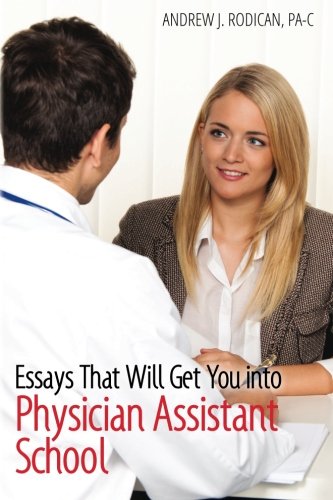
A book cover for Essays That Will Get You into Physician Assistant School; Andrew J. Rodican PA-C; Medical Books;